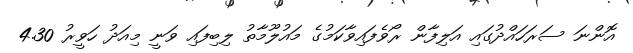
އޮންނަ ސަރަހައްދުގައި އަލިފާން ރޯވެފައިވާކަމުގެ މައުލޫމާތު ލިބިފައި ވަނީ މިއަދު ހަވީރު 4.30